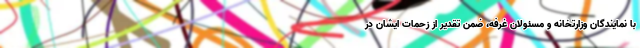
با نمایندگان وزارتخانه و مسئولان غرفه، ضمن تقدیر از زحمات ایشان در